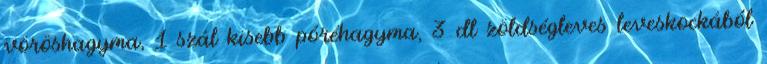
vöröshagyma, 1 szál kisebb póréhagyma, 3 dl zöldségleves leveskockából